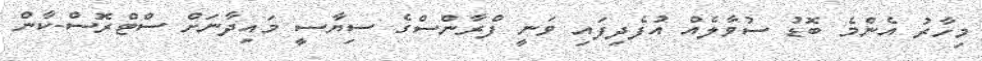
މިހާރު އެންމެ ބޮޑު ސުވާލެއް އުފެދިފައި ވަނީ ފްރާންސްގެ ސިޔާސީ މައިދާނަށް ސްޓްރޮސް-ކާން